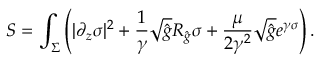
S = \int _ { \Sigma } \left( | \partial _ { z } \sigma | ^ { 2 } + { \frac { 1 } { \gamma } } \sqrt { \hat { g } } R _ { \hat { g } } \sigma + { \frac { \mu } { 2 \gamma ^ { 2 } } } \sqrt { \hat { g } } e ^ { \gamma \sigma } \right) .